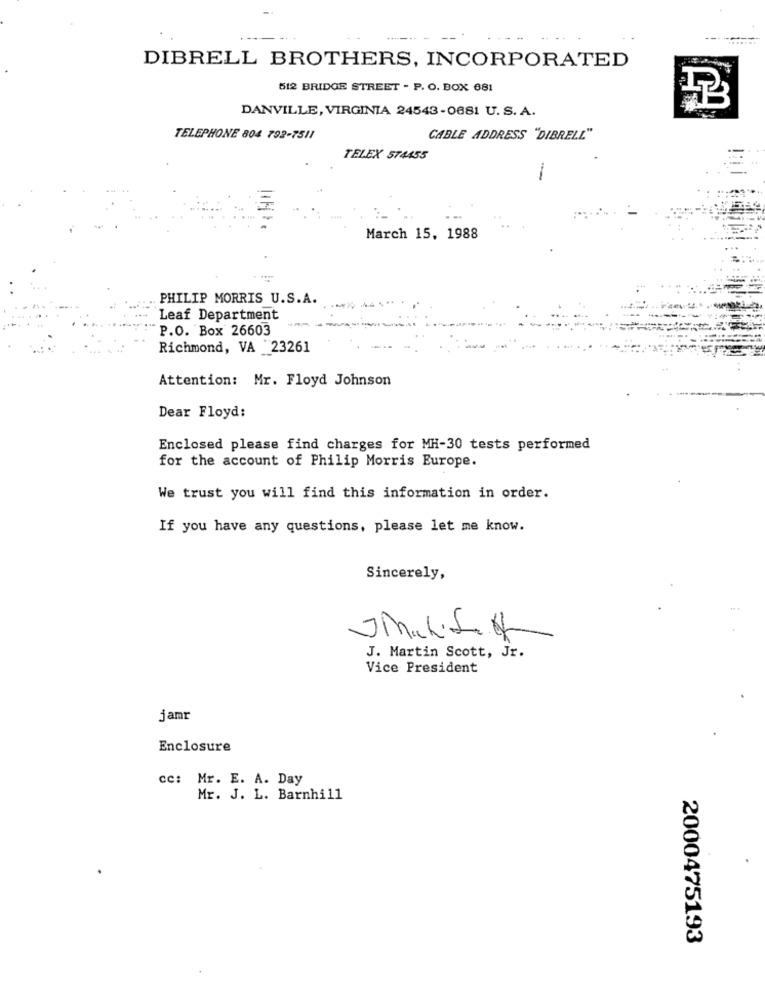
DIBRELL BROTHERS, INCORPORATED
512 BRIDGE STREET - P. O. BOX 681
DANVILLE, VIRGINIA 24543-0681 U.S. A.
TELEPHONE 804 792-7511
CABLE ADDRESS "DIBRELL"
TELEX 574455
March 15, 1988
PHILIP MORRIS U.S.A.
Leaf Department
P.O. Box 26603
Richmond, VA "23261
Attention: Mr. Floyd Johnson
Dear Floyd:
Enclosed please find charges for MH-30 tests performed
for the account of Philip Morris Europe.
We trust you will find this information in order.
If you have any questions, please let me know.
Sincerely,
J. Martin Scott, Jr.
Vice President
jamr
Enclosure
cc: Mr. E. A. Day
Mr. J. L. Barnhill
2000475193